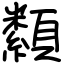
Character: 纇